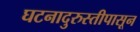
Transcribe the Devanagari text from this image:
घटनादुरुस्तीपासून